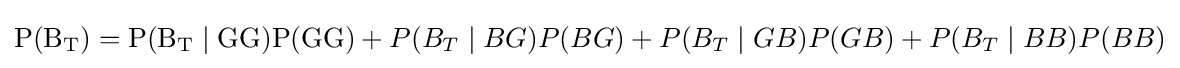
\mathrm {P(B_{T})=P(B_{T}\mid GG)P(GG)} +P(B_{T}\mid BG)P(BG)+P(B_{T}\mid GB)P(GB)+P(B_{T}\mid BB)P(BB)